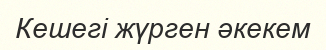
Кешегі жүрген әкекем